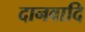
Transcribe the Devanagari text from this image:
दानवादि